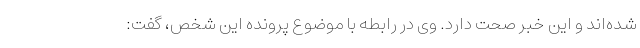
شده‌اند و این خبر صحت دارد. وی در رابطه با موضوع پرونده این شخص، گفت: